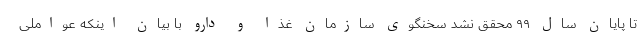
تا پایان سال ۹۹ محقق نشد سخنگوی سازمان غذا و دارو با بیان اینکه عواملی